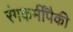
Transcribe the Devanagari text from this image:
रंगकर्मींपैकी